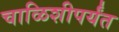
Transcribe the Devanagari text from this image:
चाळिशीपर्यंत